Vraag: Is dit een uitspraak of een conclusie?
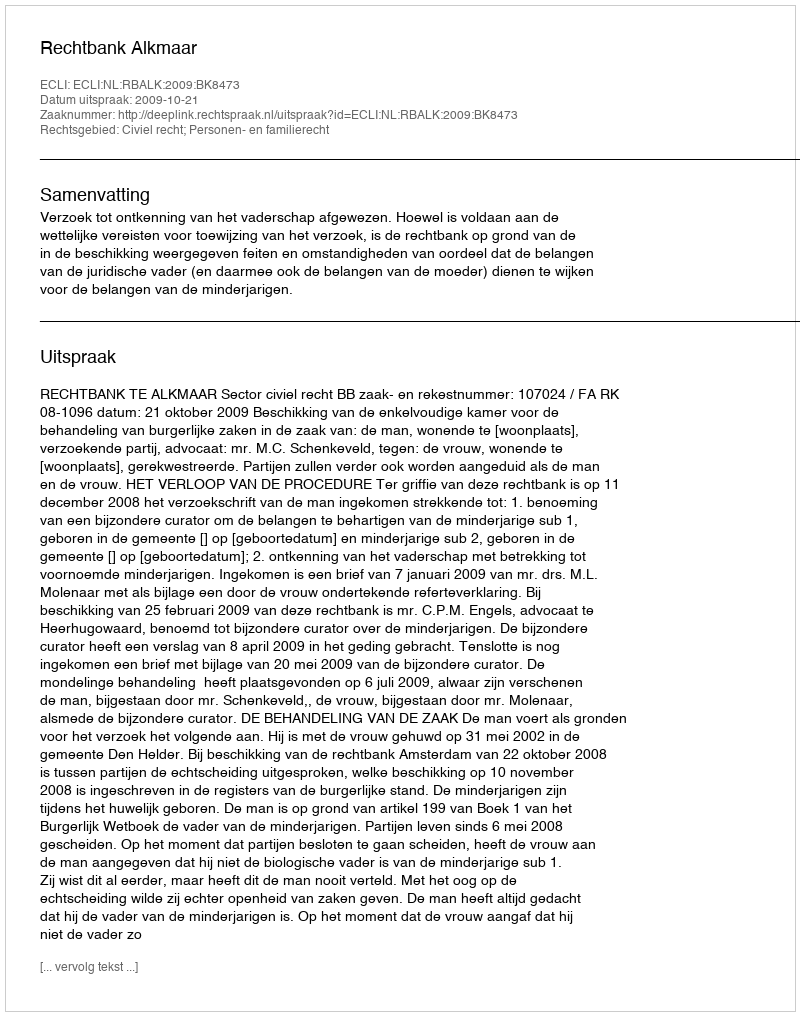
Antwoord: Uitspraak